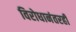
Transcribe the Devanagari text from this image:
विरोधानंतरही